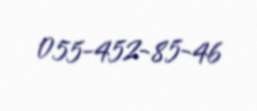
055-452-85-46